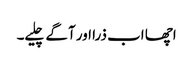
اچھا اب ذرا اور آگے چلیے۔